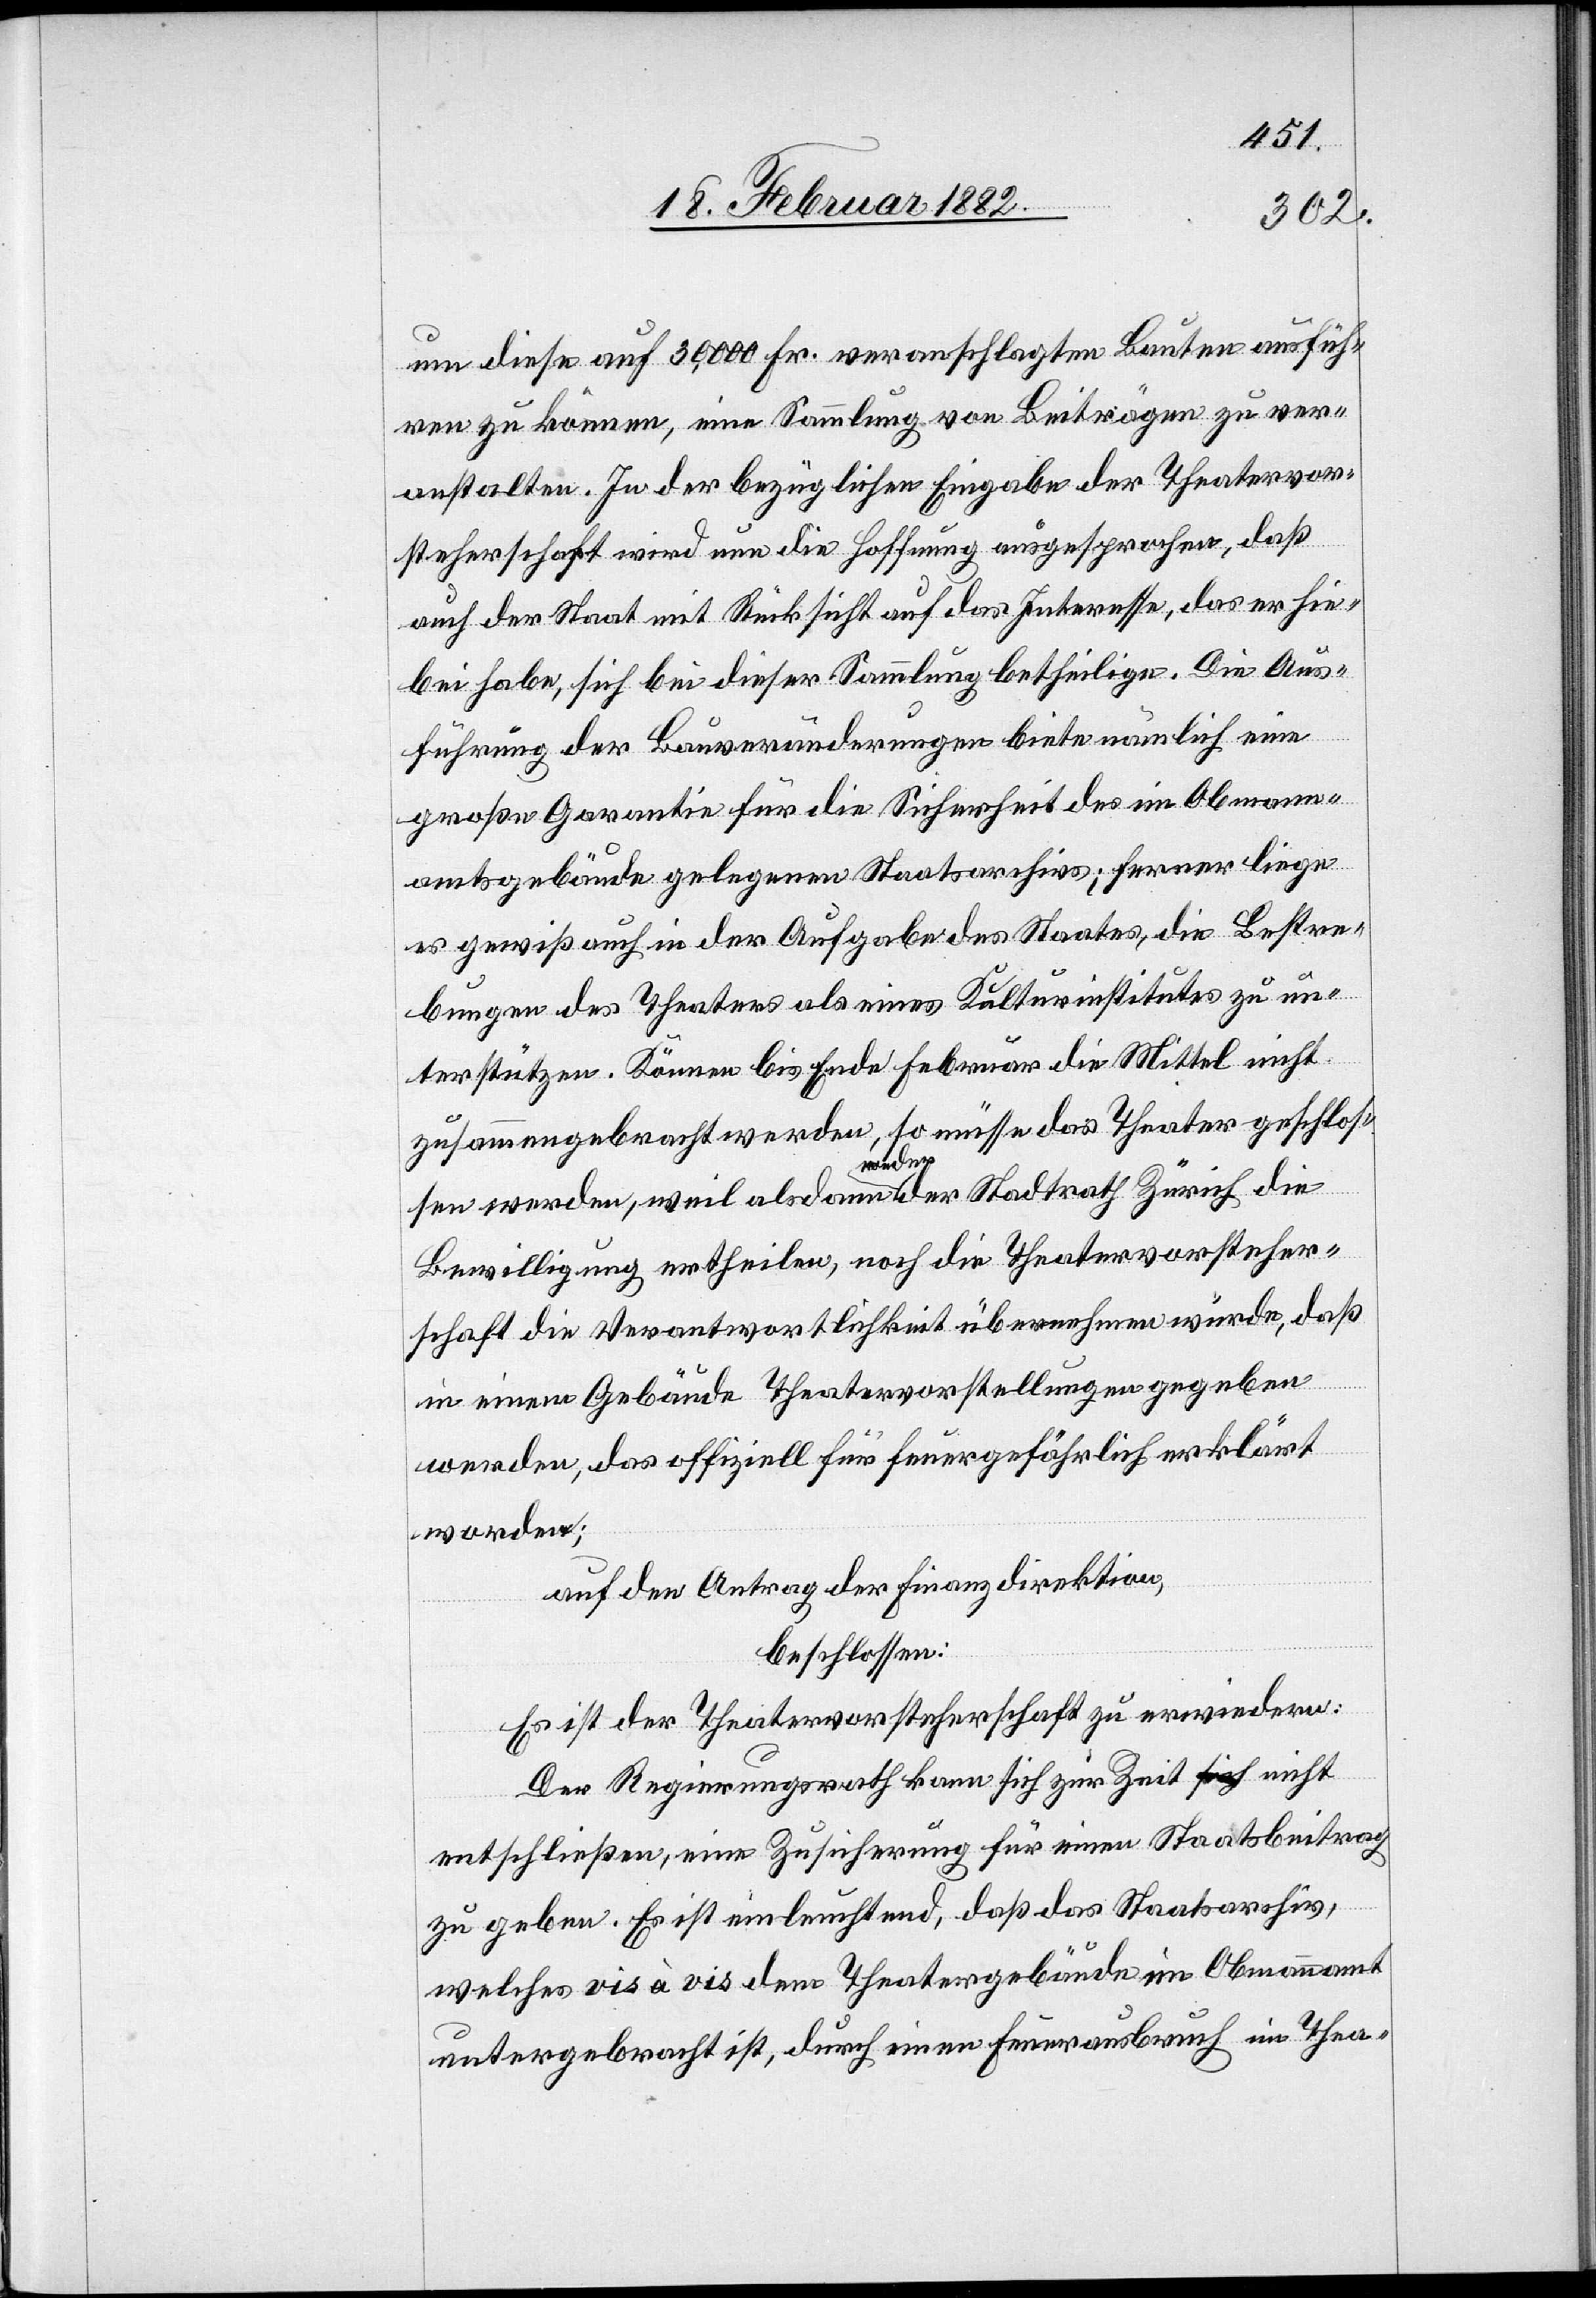
um diese auf 30,000 Fr. veranschlagte Bauten ausfüh¬
ren zu können, eine Sammlung von Beiträgen zu ver¬
anstalten. In der bezüglichen Eingabe der Theatervor¬
steherschaft wird nun die Hoffnung ausgesprochen, daß
auch der Staat mit Rücksicht auf das Interesse, das er hie¬
bei habe, sich bei dieser Sammlung betheilige. Die Aus¬
führung der Bauveränderungen biete nämlich eine
große Garantie für die Sicherheit des im Obmann¬
amtsgebäude gelegenen Staatsarchivs; ferner liege
es gewiß auch in der Aufgabe des Staates, die Bestre¬
bungen des Theaters als eines Kulturinstitutes zu un¬
terstützen. Können bis Ende Februar die Mittel nicht
zusammengerbacht werden, so müsse das Theater geschlos¬
sen werde, weil als dann weder der Stadtrath Zürich die
Bewilligung ertheile, noch die Theatervorsteher¬
schaft die Verantwortlichkeit übernehmen würde, daß
in einem Gebäude Theatervorstellungen gegeben
werden, das offiziell für feuergefährlich erklärt
worden;
auf den Antrag der Finanzdirektion,
beschlossen:
Es ist der Theatervorsteherschaft zu erwiedern:
Der Regierungsrath kann sich zur Zeit nicht
entschließen, eine Zusicherung für einen Staatsbeitrag
zu geben. Es ist einleuchtend, daß das Staatsarchiv,
welches vis à vis dem Theatergebäude im Obmannamt
untergebracht ist, durch einen Feuerausbruch im Thea-